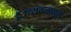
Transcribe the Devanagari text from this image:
हैं।च्यवनप्राश